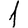
Digit: 1